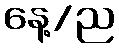
နေ့/ည